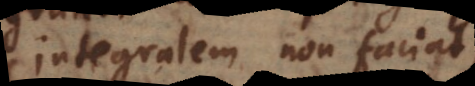
integralem non faciat,